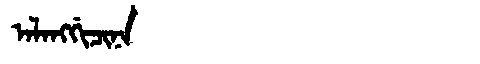
Manchu: ᠠᠯᠠᠩᡤᡳᠴᡳᠨᠠ
Romanization: ALANGGICINA